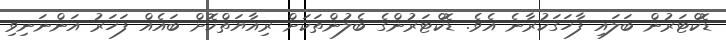
ޑޮކްޓަރުން ބަލައި ފާހަގަކުރާނެ އެވެ. ޑޮކްޓަރުންގެ ބެލުންތަކަށް ރިއާޔަތްކޮށް ބައެއް ފަހަރު އަންނަނިވި